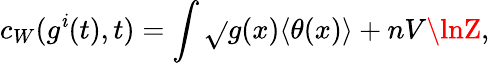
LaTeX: c_{W}(g^{\mathit{i}}(t),t)=\int\sqrt{}{{g(x)}}\langle\theta(x)\rangle+nV\lnZ,